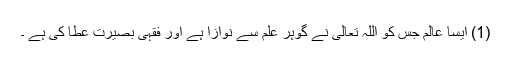
(1) ایسا عالم جس کو اللہ تعالی نے گوہر علم سے نوازا ہے اور فقہی بصیرت عطا کی ہے ۔